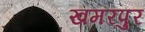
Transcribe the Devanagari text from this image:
खमरपुर